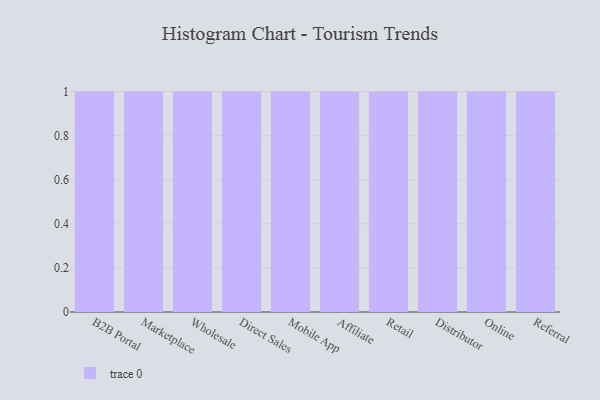
{"axis": {"x": "Channel", "y": "Customer Acquisition Cost (USD)"}, "legend": [""], "data": [{"x": "B2B Portal", "y": 69, "type": ""}, {"x": "Marketplace", "y": 15, "type": ""}, {"x": "Wholesale", "y": 44, "type": ""}, {"x": "Direct Sales", "y": 51, "type": ""}, {"x": "Mobile App", "y": 85, "type": ""}, {"x": "Affiliate", "y": 56, "type": ""}, {"x": "Retail", "y": 37, "type": ""}, {"x": "Distributor", "y": 37, "type": ""}, {"x": "Online", "y": 41, "type": ""}, {"x": "Referral", "y": 27, "type": ""}]}